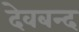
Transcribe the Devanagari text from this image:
देवबन्‍द